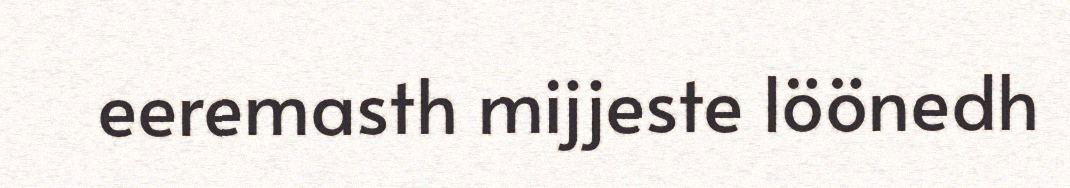
eeremasth mijjeste löönedh